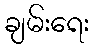
ချမ်းရေး